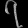
Digit: ၇